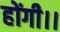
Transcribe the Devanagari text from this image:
होंगी।।